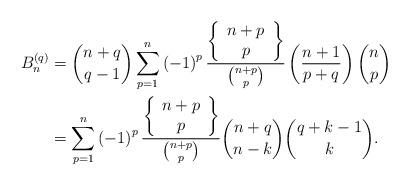
LaTeX: \begin{align*}B_{n}^{\left(q\right)} & =\binom{n+q}{q-1}\sum_{p=1}^{n}\left(-1\right)^{p}\frac{\left\{ \begin{array}{c}n+p\\p\end{array}\right\} }{\binom{n+p}{p}}\left(\frac{n+1}{p+q}\right)\binom{n}{p}\\ & =\sum_{p=1}^{n}\left(-1\right)^{p}\frac{\left\{ \begin{array}{c}n+p\\p\end{array}\right\} }{\binom{n+p}{p}}\binom{n+q}{n-k}\binom{q+k-1}{k}.\end{align*}